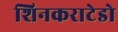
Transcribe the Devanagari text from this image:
शिनकराटेडो